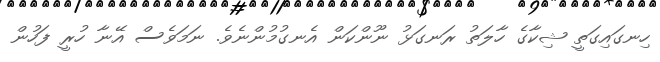
ހިނގައިގަތީ ޝިކާގެ ހާލަތު ރަނގަޅު ނޫންކަން އެނގުމުންނެވެ. ނަމަވެސް އޭނާ ހުރީ ފަހުން